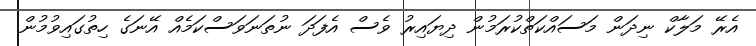
އެރޭ މަލާކް ނިދަން މަސައްކަތްކުރަމުން ދިޔައިރު ވެސް އެފަދަ ނުތަނަވަސްކަމެއް އޭނަގެ ހިތުގައިވުމުން